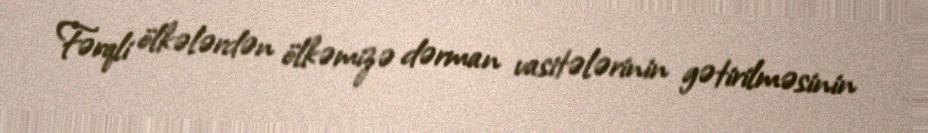
Fərqli ölkələrdən ölkəmizə dərman vasitələrinin gətirilməsinin